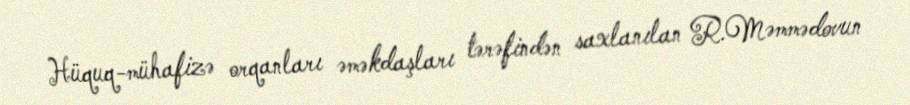
Hüquq-mühafizə orqanları əməkdaşları tərəfindən saxlanılan R.Məmmədovun